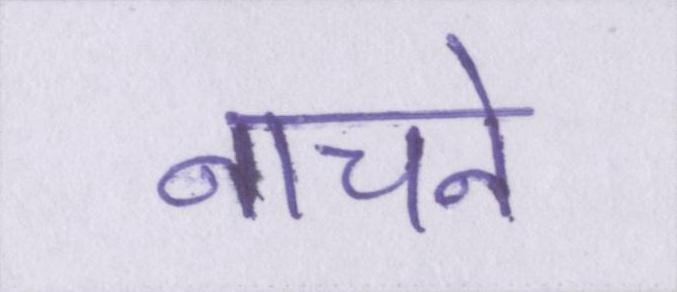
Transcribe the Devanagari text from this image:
नाचने